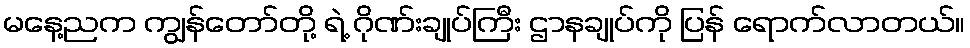
မနေ့ညက ကျွန်တော်တို့ ရဲ့ ဂိုဏ်းချုပ်ကြီး ဌာနချုပ်ကို ပြန် ရောက်လာတယ်။